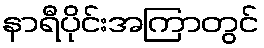
နာရီပိုင်းအကြာတွင်